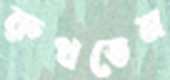
রুধতেম